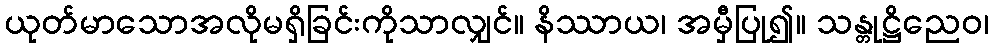
ယုတ်မာသောအလိုမရှိခြင်းကိုသာလျှင်။ နိဿာယ၊ အမှီပြု၍။ သန္တုဋ္ဌိညေဝ၊